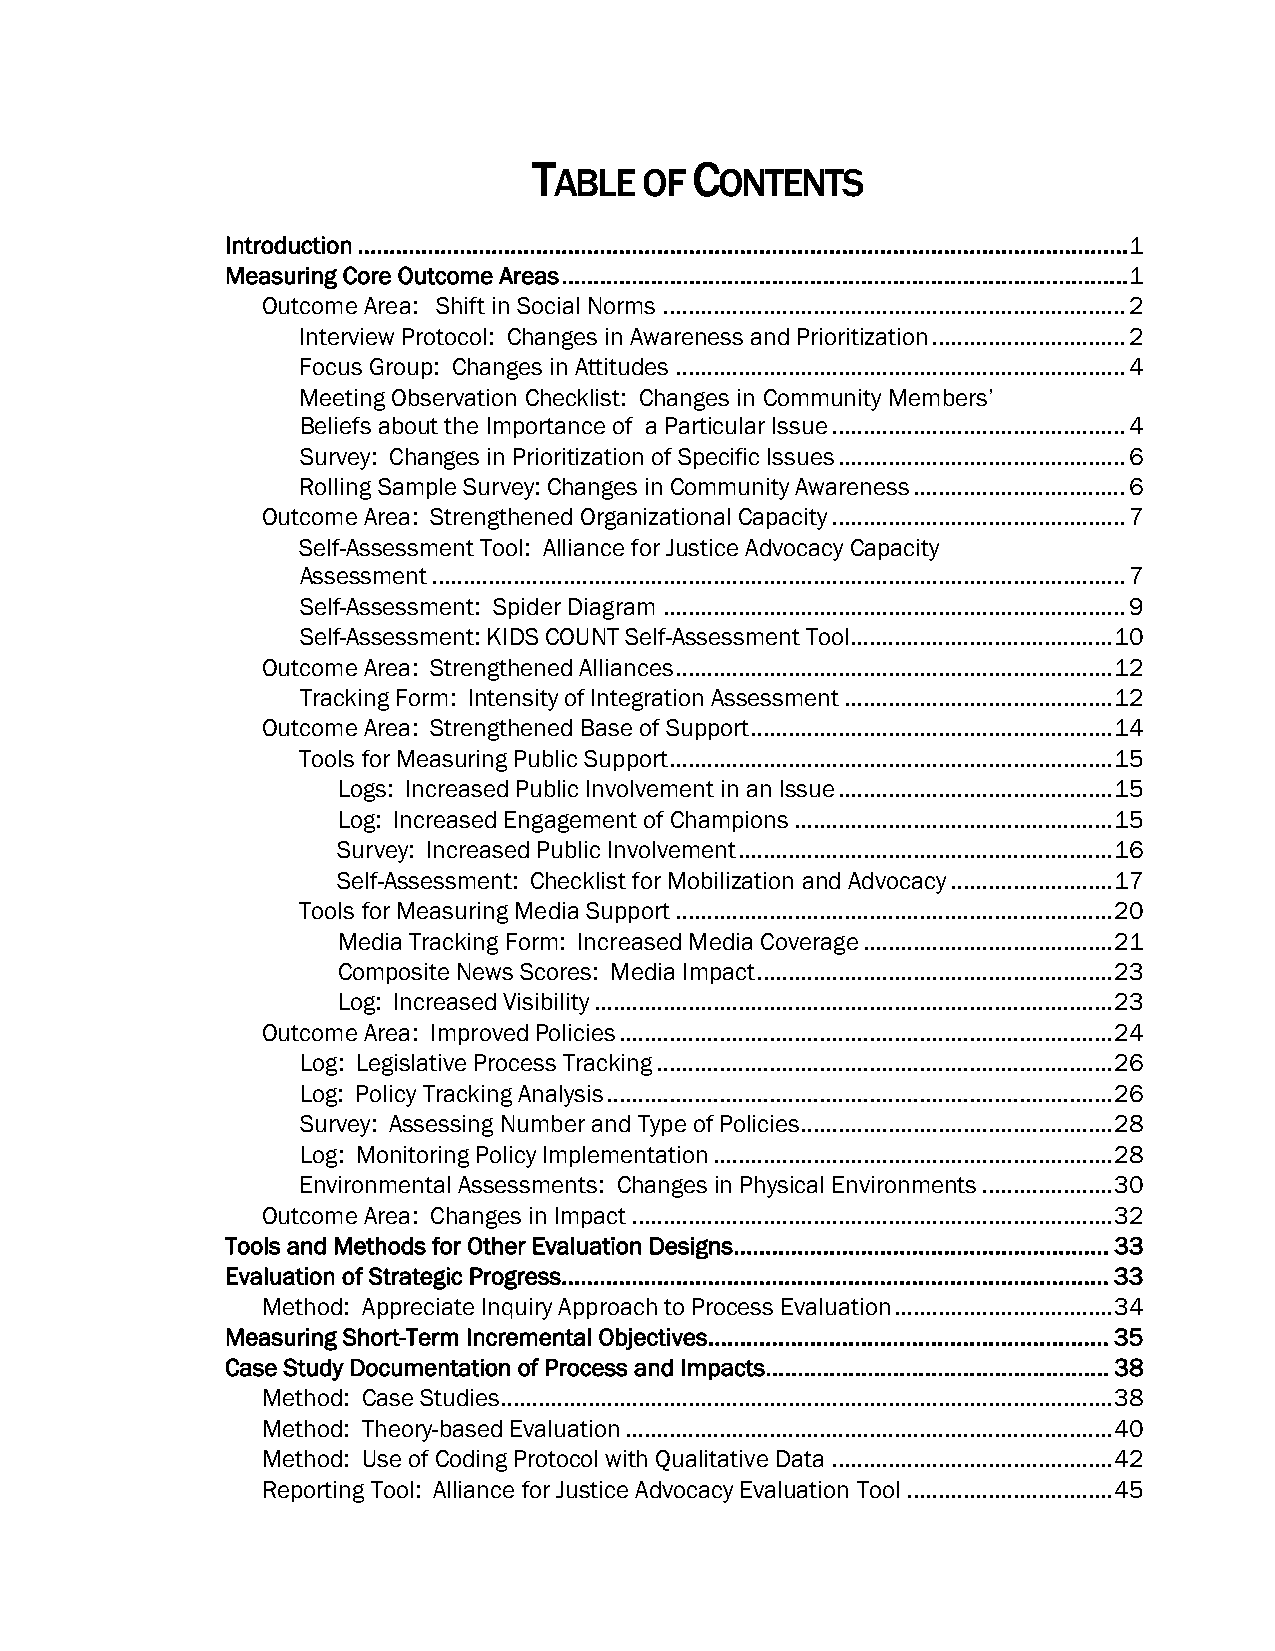
T          C
 ABLE  OF   ONTENTS
 Introduction.........................................................................................................................1
 Measuring Core Outcome Areas.........................................................................................1
 Outcome Area: Shift in Social Norms..........................................................................2
 Interview Protocol: Changes in Awareness and Prioritization...............................2
 Focus Group: Changes in Attitudes........................................................................4
 Meeting Observation Checklist: Changes in Community Members’
 Beliefs about the Importance of a Particular Issue...............................................4
 Survey: Changes in Prioritization of Specific Issues..............................................6
 Rolling Sample Survey: Changes in Community Awareness..................................6
 Outcome Area: Strengthened Organizational Capacity...............................................7
 Self-Assessment Tool: Alliance for Justice Advocacy Capacity
 Assessment...............................................................................................................7
 Self-Assessment: Spider Diagram..........................................................................9
 Self-Assessment: KIDS COUNT Self-Assessment Tool..........................................10
 Outcome Area: Strengthened Alliances......................................................................12
 Tracking Form: Intensity of Integration Assessment...........................................12
 Outcome Area: Strengthened Base of Support..........................................................14
 Tools for Measuring Public Support.......................................................................15
 Logs: Increased Public Involvement in an Issue............................................15
 Log: Increased Engagement of Champions...................................................15
 Survey: Increased Public Involvement............................................................16
 Self-Assessment: Checklist for Mobilization and Advocacy..........................17
 Tools for Measuring Media Support......................................................................20
 Media Tracking Form: Increased Media Coverage........................................21
 Composite News Scores: Media Impact.........................................................23
 Log: Increased Visibility...................................................................................23
 Outcome Area: Improved Policies...............................................................................24
 Log: Legislative Process Tracking.........................................................................26
 Log: Policy Tracking Analysis.................................................................................26
 Survey: Assessing Number and Type of Policies..................................................28
 Log: Monitoring Policy Implementation................................................................28
 Environmental Assessments: Changes in Physical Environments.....................30
 Outcome Area: Changes in Impact.............................................................................32
 Tools and Methods for Other Evaluation Designs...........................................................33
 Evaluation of Strategic Progress......................................................................................33
 Method: Appreciate Inquiry Approach to Process Evaluation...................................34
 Measuring Short-Term Incremental Objectives...............................................................35
 Case Study Documentation of Process and Impacts......................................................38
 Method: Case Studies..................................................................................................38
 Method: Theory-based Evaluation..............................................................................40
 Method: Use of Coding Protocol with Qualitative Data.............................................42
 Reporting Tool: Alliance for Justice Advocacy Evaluation Tool.................................45